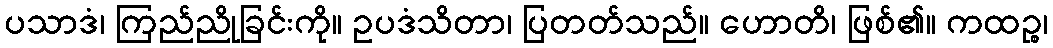
ပသာဒံ၊ ကြည်ညိုခြင်းကို။ ဥပဒံသိတာ၊ ပြတတ်သည်။ ဟောတိ၊ ဖြစ်၏။ ကထဉ္စ၊